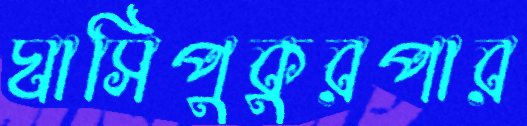
ঘাসিপুকুরপার